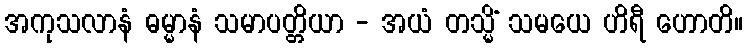
အကုသလာနံ ဓမ္မာနံ သမာပတ္တိယာ - အယံ တသ္မိံ သမယေ ဟိရီ ဟောတိ။